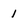
Character: 1